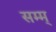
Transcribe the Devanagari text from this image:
सम्म्